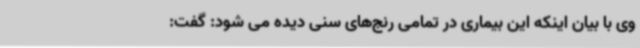
وی با بیان اینکه این بیماری در تمامی رنج‌های سنی دیده می‌ شود: گفت: